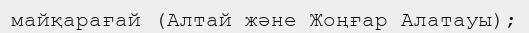
майқарағай (Алтай және Жоңғар Алатауы);